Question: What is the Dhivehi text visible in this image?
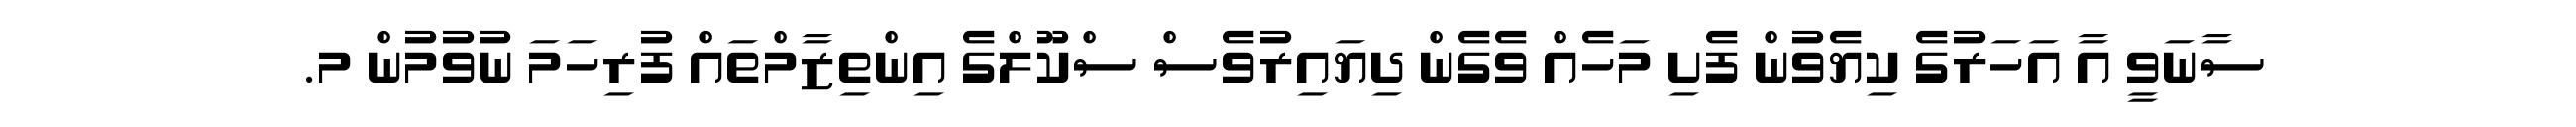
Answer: ސާނަވީ އާ އަހަރުގެ ކިޔެވުން ފެށި މަހެއް ވެގެން ދިޔައިރުވެސް ސްކޫލްގެ އިންތިޒާމްތައް ފުރިހަމަ ނުވުމުން މ.